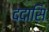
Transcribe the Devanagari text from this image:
ददासि